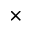
\times